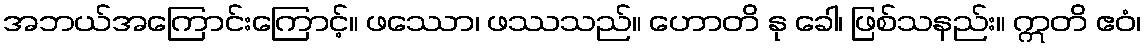
အဘယ်အကြောင်းကြောင့်။ ဖဿော၊ ဖဿသည်။ ဟောတိ နု ခေါ၊ ဖြစ်သနည်း။ ဣတိ ဧဝံ၊